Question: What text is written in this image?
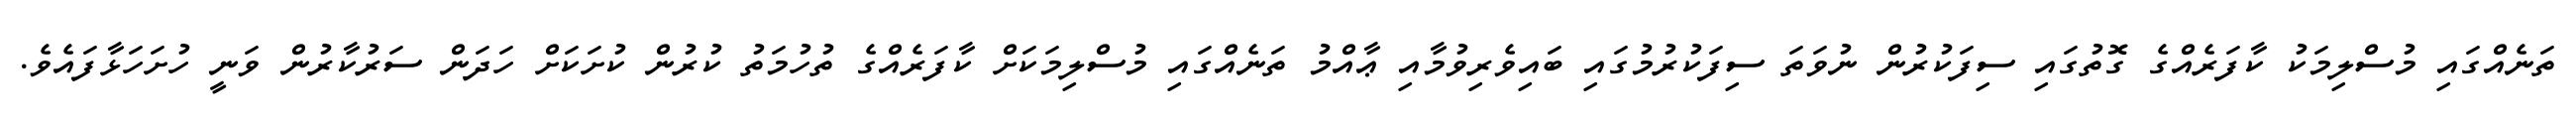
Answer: ތަނެއްގައި މުސްލިމަކު ކާފަރެއްގެ ގޮތުގައި ސިފަކުރުން ނުވަތަ ސިފަކުރުމުގައި ބައިވެރިވުމާއި ޢާއްމު ތަނެއްގައި މުސްލިމަކަށް ކާފަރެއްގެ ތުހުމަތު ކުރުން ކުށަކަށް ހަދަން ސަރުކާރުން ވަނީ ހުށަހަޅާފައެވެ.